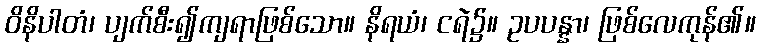
ဝိနိပါတံ၊ ပျက်စီး၍ကျရာဖြစ်သော။ နိရယံ၊ ငရဲ၌။ ဥပပန္နာ၊ ဖြစ်လေကုန်၏။